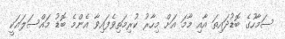
ސަމާހުގެ ބޮޑުދައިތަ އާއި މާމަ އަށް މިހާރު ކުރިމަތިވެފައިވާ އެންމެ ބޮޑު މައްސަލައަކީ